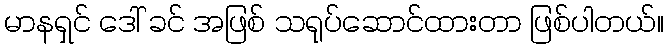
မာနရှင် ဒေါ် ခင် အဖြစ် သရုပ်ဆောင်ထားတာ ဖြစ်ပါတယ်။